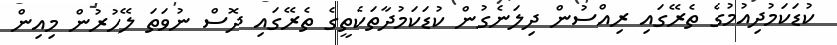
ކުޑަކަމުދިއުމުގެ ތެރޭގައި ރިއްސުން ދިލަނެގުން ކުޑަކަމުދާތަކެތީގެ ތެރޭގައި ދޮސް ނުވަތަ ލޭހުރުން މިއިން